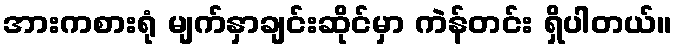
အားကစားရုံ မျက်နှာချင်းဆိုင်မှာ ကဲန်တင်း ရှိပါတယ်။